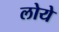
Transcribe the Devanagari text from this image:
लोये